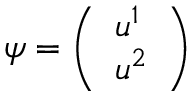
\psi = { \left( \begin{array} { l } { u ^ { 1 } } \\ { u ^ { 2 } } \end{array} \right) }